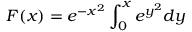
F ( x ) = e ^ { - x ^ { 2 } } \int _ { 0 } ^ { x } e ^ { y ^ { 2 } } d y